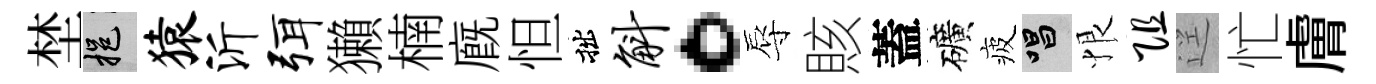
埜挹猿沂弭獺楠廐怛拙斛。辱賅蓋礦疲唱恨阻逕忙膚